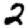
Digit: 2